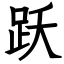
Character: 跃